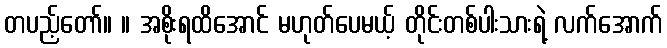
တပည့်တော်။ ။ အစိုးရထိအောင် မဟုတ်ပေမယ့် တိုင်းတစ်ပါးသားရဲ့ လက်အောက်